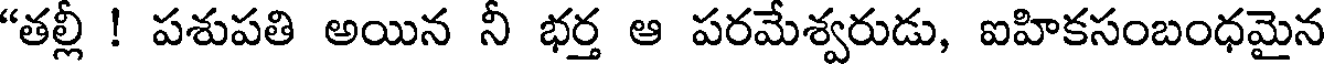
"తల్లీ ! పశుపతి అయిన నీ భర్త ఆ పరమేశ్వరుడు, ఐహికసంబంధమైన